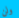
ولن